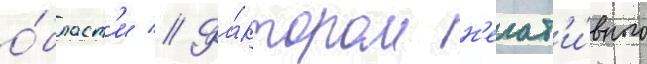
о́бласт'и // Фа́ктором н'егат'и́вного